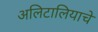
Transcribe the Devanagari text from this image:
अलिटालियाचे